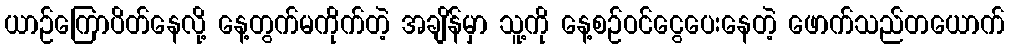
ယာဉ်ကြောပိတ်နေလို့ နေ့တွက်မကိုက်တဲ့ အချိန်မှာ သူ့ကို နေ့စဉ်ဝင်ငွေပေးနေတဲ့ ဖောက်သည်တယောက်